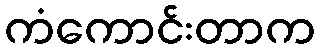
ကံကောင်းတာက